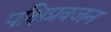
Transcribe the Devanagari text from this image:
पक्षिप्रवजन